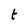
Character: t